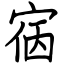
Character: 㝛